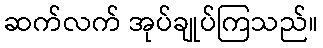
ဆက်လက် အုပ်ချုပ်ကြသည်။